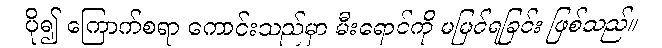
ပို၍ ကြောက်စရာ ကောင်းသည်မှာ မီးရောင်ကို မမြင်ရခြင်း ဖြစ်သည်။